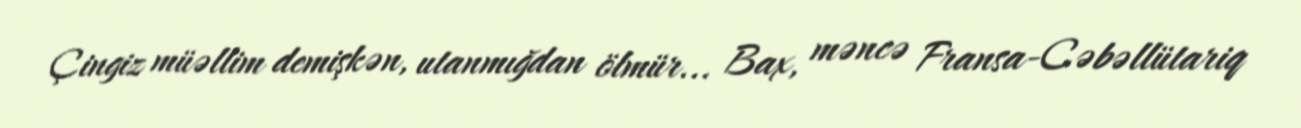
Çingiz müəllim demişkən, utanmığdan ölmür... Bax, məncə Fransa-Cəbəllütariq